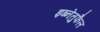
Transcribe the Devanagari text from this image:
इब्नेतुफैल